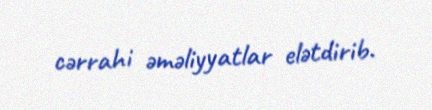
cərrahi əməliyyatlar elətdirib.